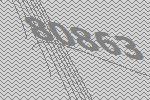
80863